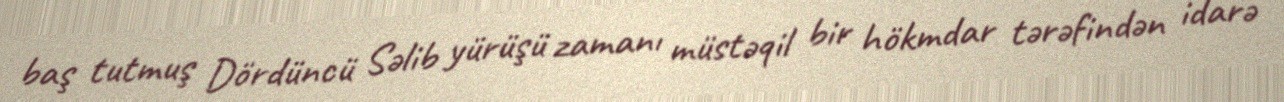
baş tutmuş Dördüncü Səlib yürüşü zamanı müstəqil bir hökmdar tərəfindən idarə